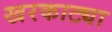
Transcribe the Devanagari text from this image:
खरकाट्या